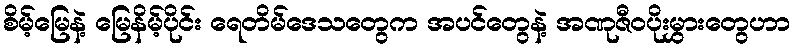
စိမ့်မြေနဲ့ မြေနိမ့်ပိုင်း ရေတိမ်ဒေသတွေက အပင်တွေနဲ့ အဏုဇီဝပိုးမွှားတွေဟာ